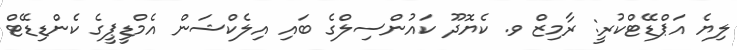
ލިޔެ އަޕްޑޭޓްކުރީ: ރާމިޒް ވ. ކެޔޮދޫ ކައުންސިލްގެ ބައި އިލެކްޝަން އެމްޑީޕީގެ ކެންޑިޑޭޓް